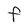
Character: F